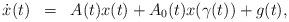
LaTeX: \begin{align*}\begin{array}{lcl}\dot{x}(t)&=&A(t)x(t)+A_{0}(t)x(\gamma(t))+g(t),\end{array}\end{align*}